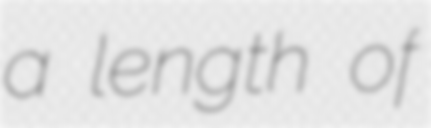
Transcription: a length of